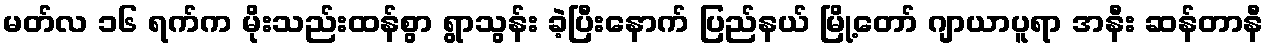
မတ်လ ၁၆ ရက်က မိုးသည်းထန်စွာ ရွာသွန်း ခဲ့ပြီးနောက် ပြည်နယ် မြို့တော် ဂျာယာပူရာ အနီး ဆန်တာနီ